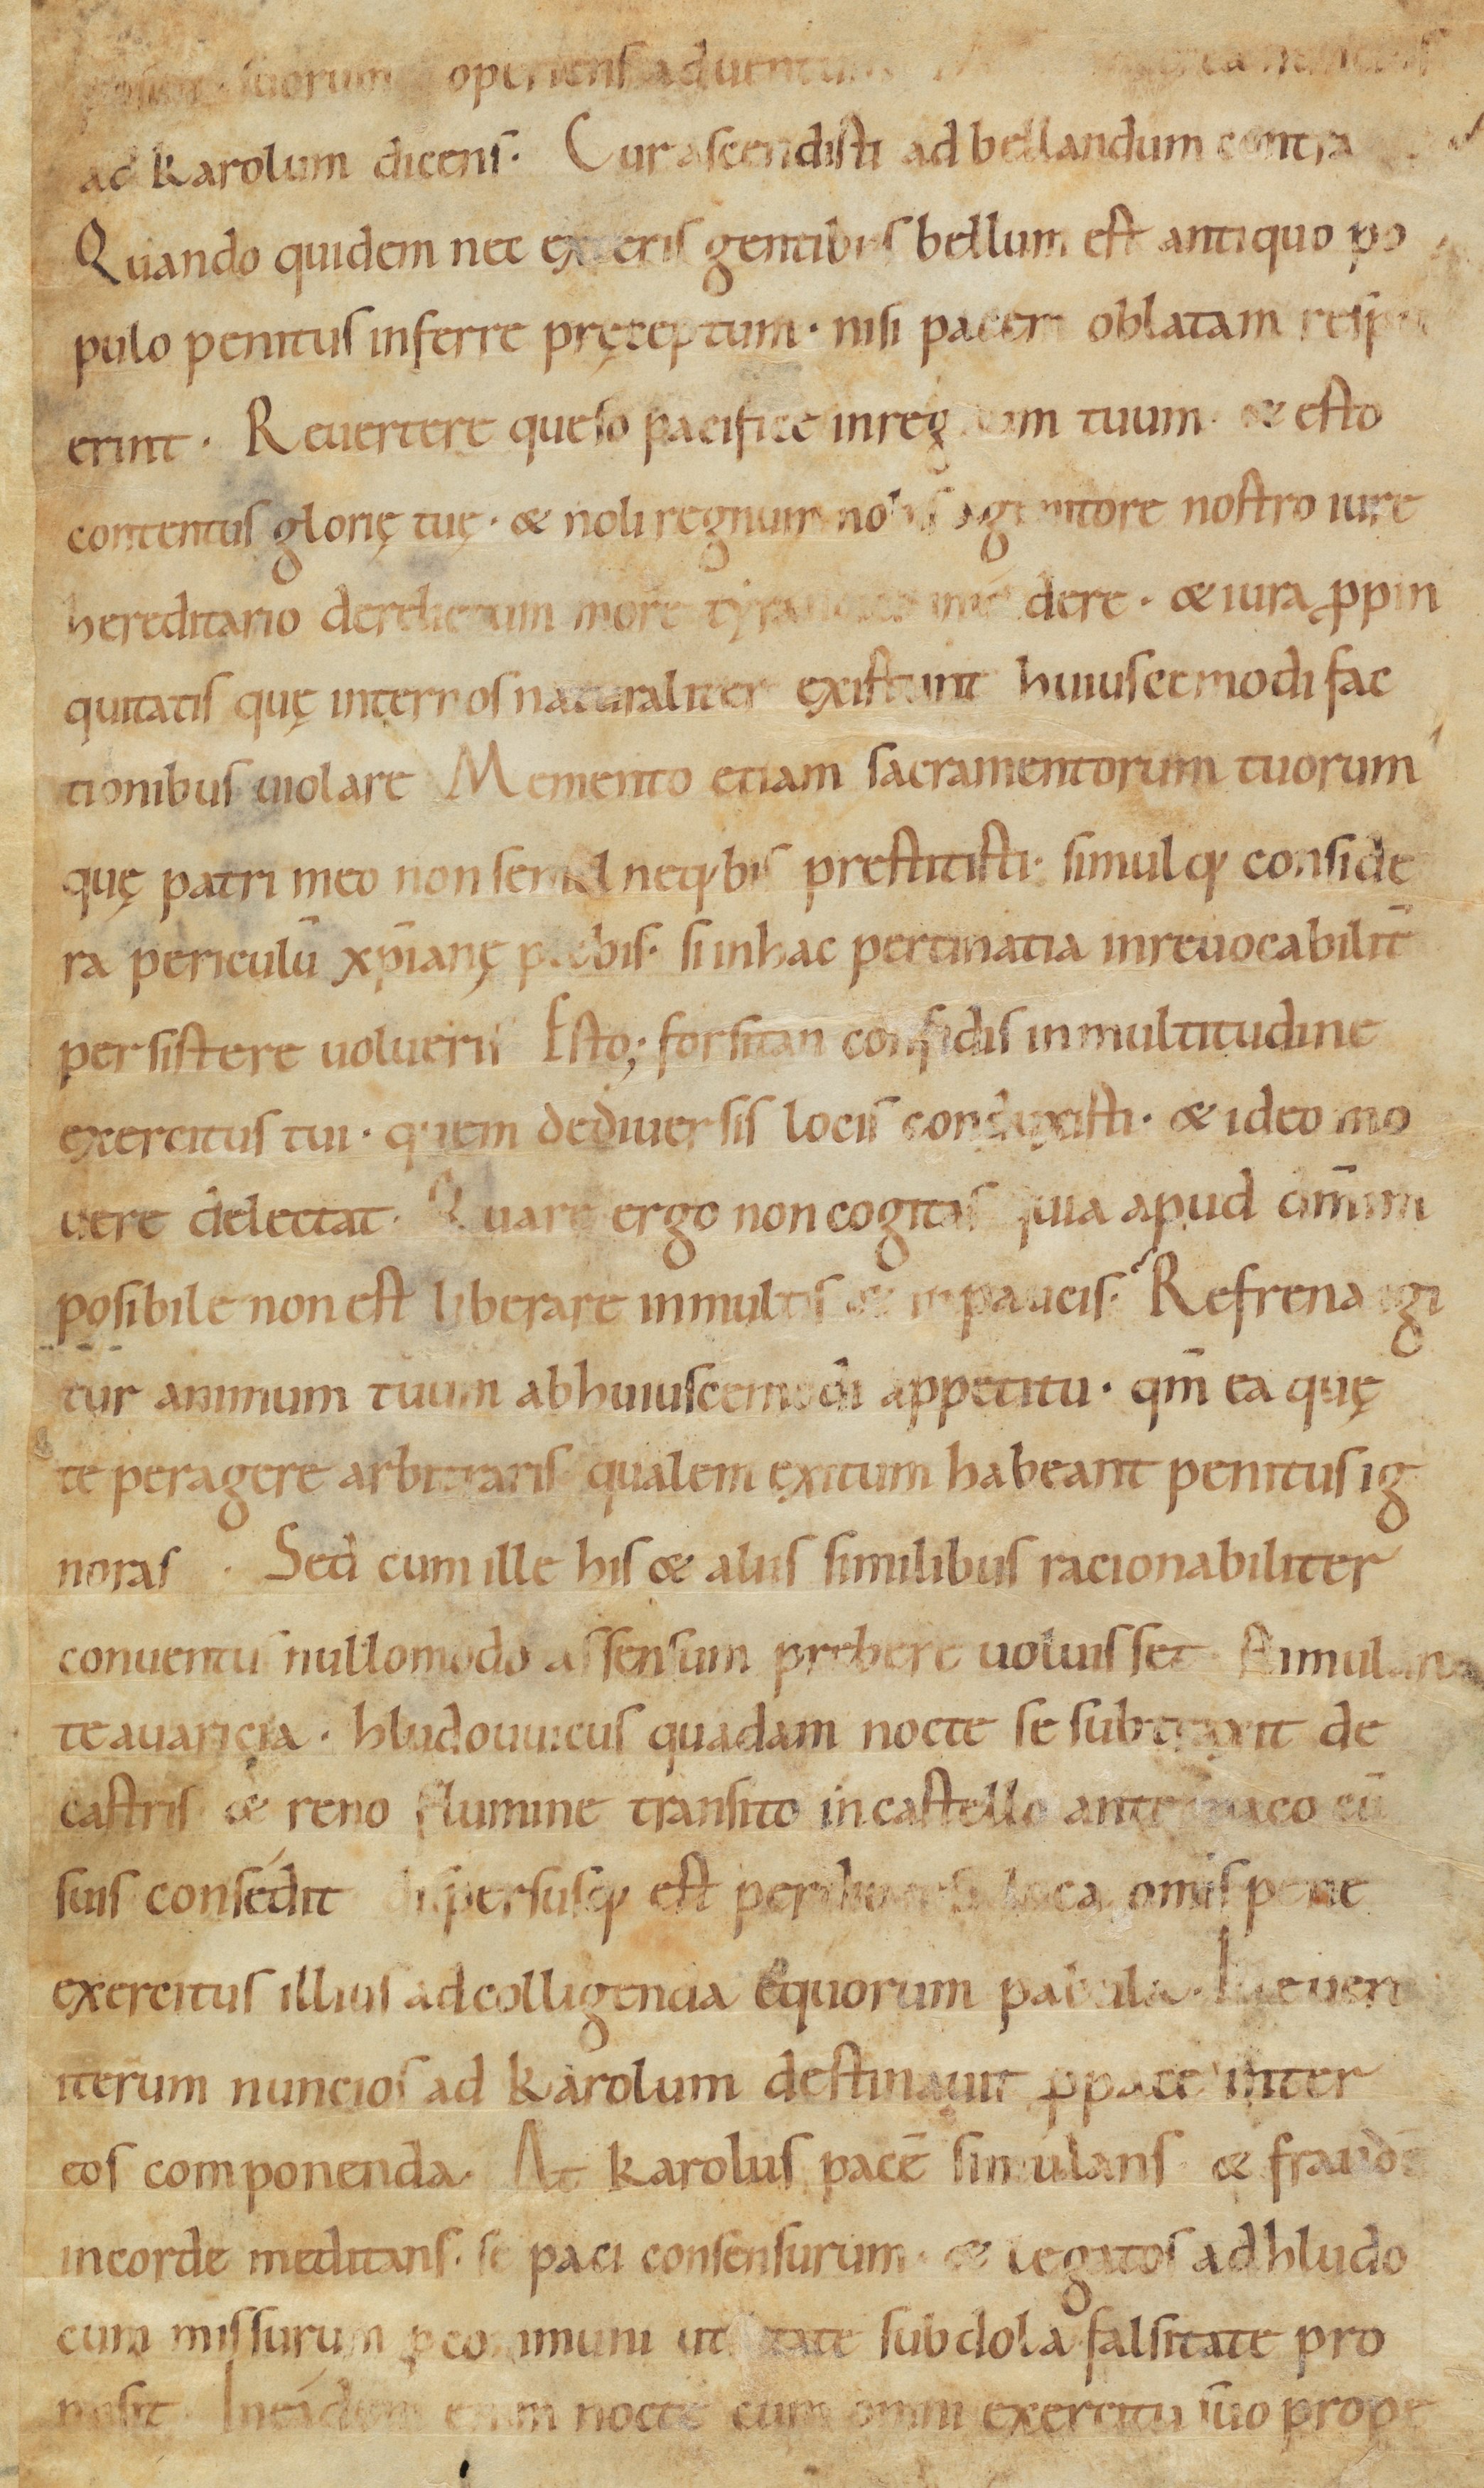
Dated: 900–1099